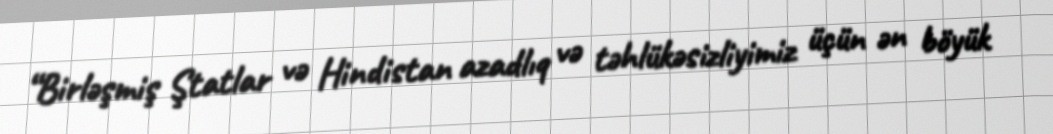
“Birləşmiş Ştatlar və Hindistan azadlıq və təhlükəsizliyimiz üçün ən böyük